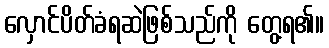
လှောင်ပိတ်ခံရဆဲဖြစ်သည်ကို တွေ့ရ၏။